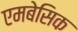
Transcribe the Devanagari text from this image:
एमबेसिक